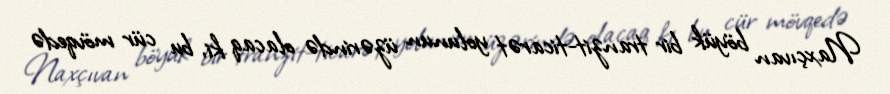
Naxçıvan böyük bir tranzit-ticarət yolunun üzərində olacaq ki, bu cür mövqedə